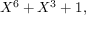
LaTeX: X ^ { 6 } + X ^ { 3 } + 1 ,